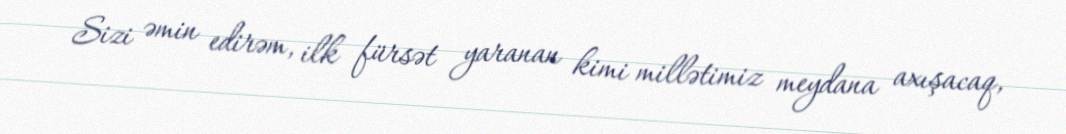
Sizi əmin edirəm, ilk fürsət yaranan kimi millətimiz meydana axışacaq,